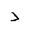
Letter: _dal